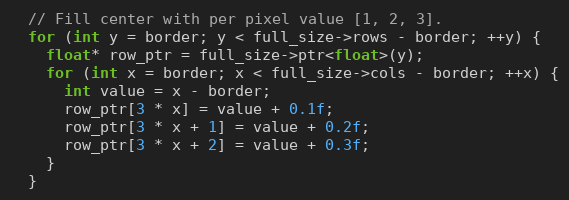
Language: C++
  // Fill center with per pixel value [1, 2, 3].
  for (int y = border; y < full_size->rows - border; ++y) {
    float* row_ptr = full_size->ptr<float>(y);
    for (int x = border; x < full_size->cols - border; ++x) {
      int value = x - border;
      row_ptr[3 * x] = value + 0.1f;
      row_ptr[3 * x + 1] = value + 0.2f;
      row_ptr[3 * x + 2] = value + 0.3f;
    }
  }